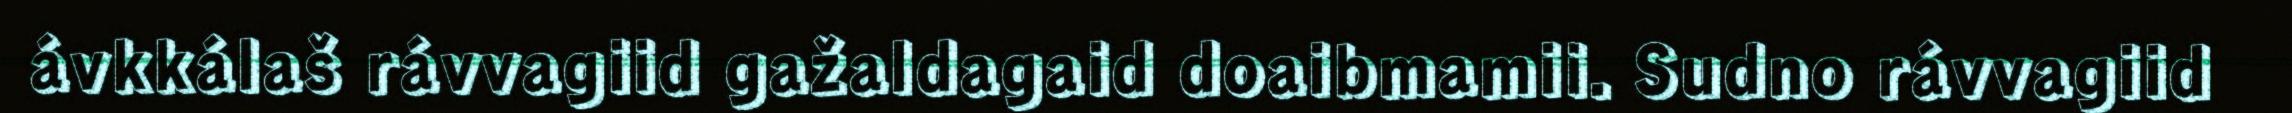
ávkkálaš rávvagiid gažaldagaid doaibmamii. Sudno rávvagiid